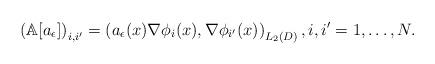
LaTeX: \begin{align*}\left(\mathbb{A}[a_\epsilon]\right)_{i,i'} = \left(a_\epsilon(x)\nabla\phi_i(x), \nabla\phi_{i'}(x)\right)_{L_2(D)}, i,i'=1,\ldots,N.\end{align*}